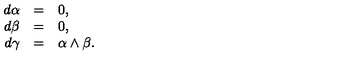
\begin{array} { r c l } { d \alpha } & { = } & { 0 , } \\ { d \beta } & { = } & { 0 , } \\ { d \gamma } & { = } & { \alpha \wedge \beta . } \\ \end{array}